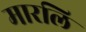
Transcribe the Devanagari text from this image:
मारलि